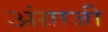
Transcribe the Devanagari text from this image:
अंग्राजी